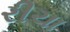
રીચા